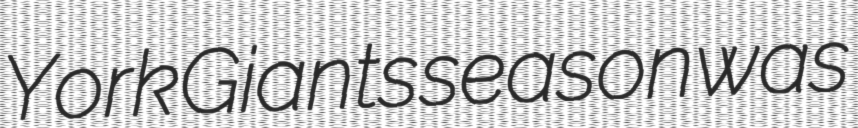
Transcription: York Giants season was